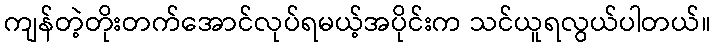
ကျန်တဲ့တိုးတက်အောင်လုပ်ရမယ့်အပိုင်းက သင်ယူရလွယ်ပါတယ်။